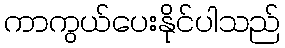
ကာကွယ်ပေးနိုင်ပါသည်